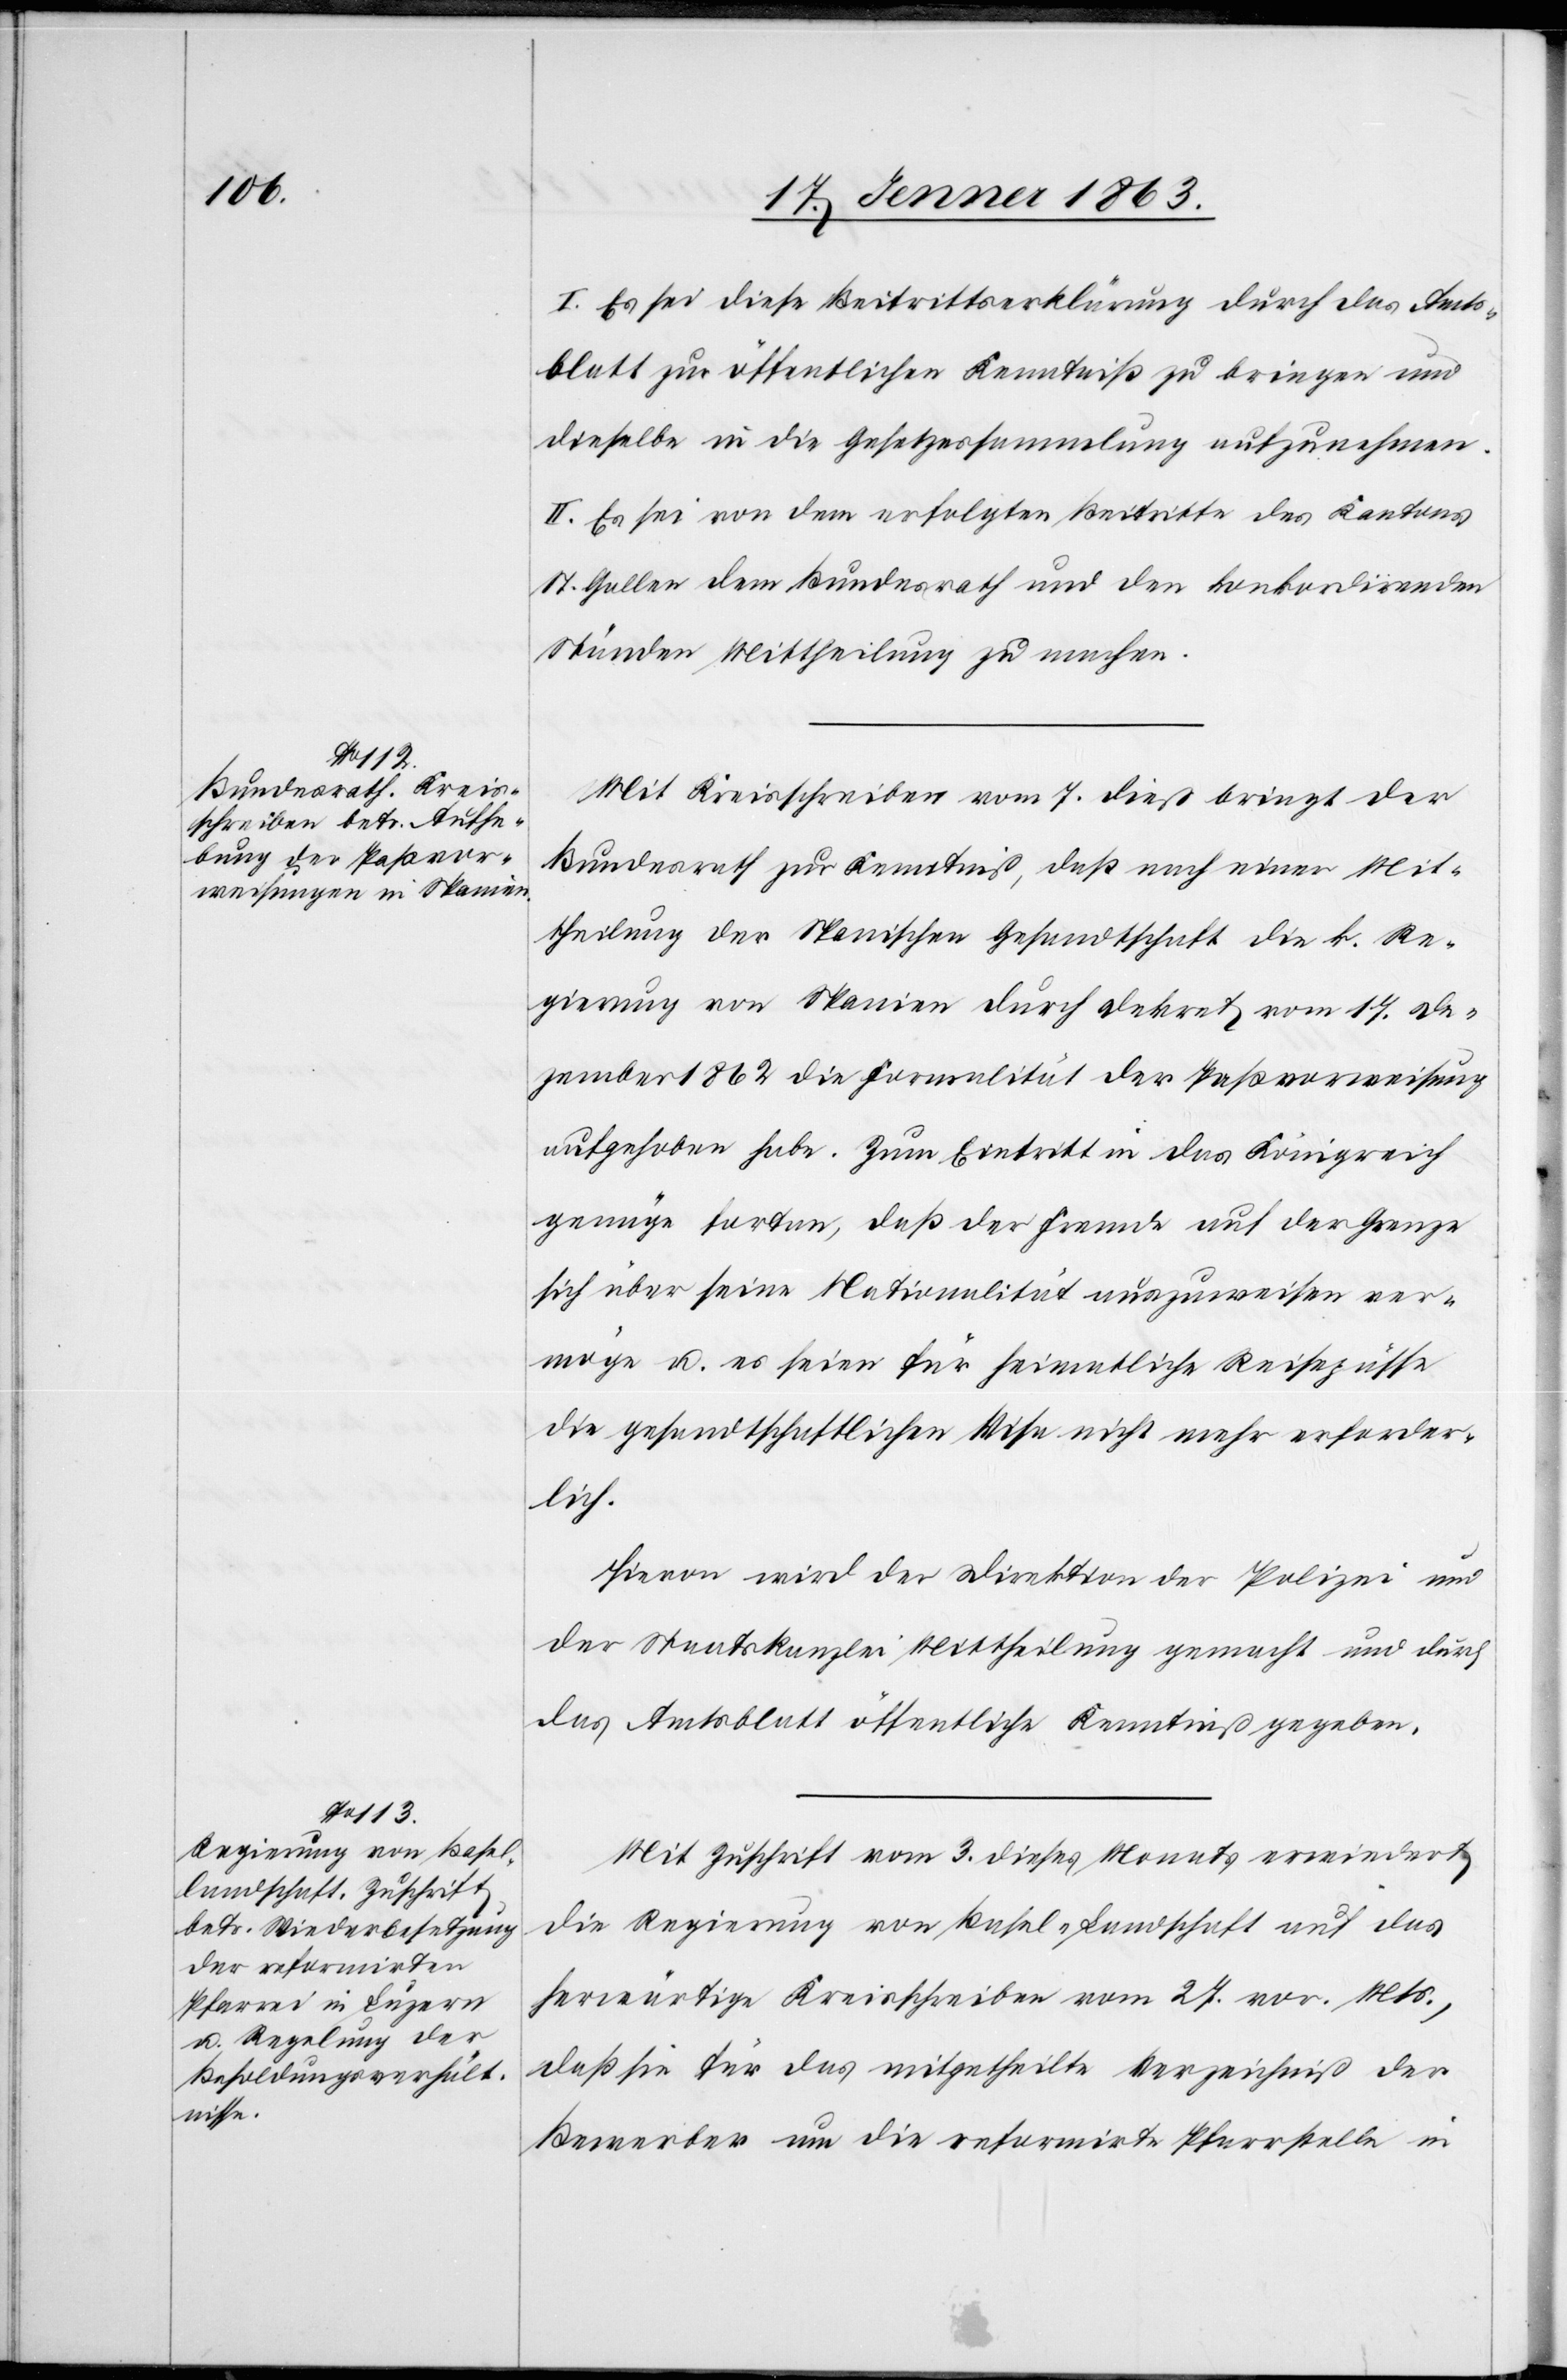
I. Es sei diese Beitrittserklärung durch das Amts¬
blatt zur öffentlichen Kenntniß zu bringen und
dieselbe in die Gesetzessammlung aufzunehmen.
II. Es sei von dem erfolgten Beitritte des Kantons
St. Gallen dem Bundesrath und den konkordirenden
Ständen Mittheilung zu machen.
Mit Kreisschreiben vom 7. dieß bringt der
Bundesrath zur Kenntniß, daß nach einer Mit¬
theilung der Spanischen Gesandtschaft die k. Re¬
gierung von Spanien durch Dekret vom 17. De¬
zember 1862 die Formalität der Paßvorweisung
aufgehoben habe. Zum Eintritt in das Königreich
genüge fortan, daß der Fremde auf der Grenze
sich über seine Nationalität auszuweisen ver¬
möge u. es seien für heimatliche Reisepässe
die gesandtschaftlichen Visa nicht mehr erforder¬
lich.
Hievon wird der Direktion der Polizei und
der Staatskanzlei Mittheilung gemacht und durch
das Amtsblatt öffentliche Kenntniß gegeben.
Mit Zuschrift vom 3. dieses Monats erwiedert
die Regierung von Basel-Landschaft auf das
herwärtige Kreisschreiben vom 27. vor. Mts.,
daß sie für das mitgetheilte Verzeichniß der
Bewerber um die reformirte Pfarrstelle in